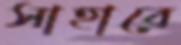
সাহাবে